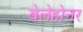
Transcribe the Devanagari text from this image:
बेलेहोनर